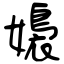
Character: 嬝